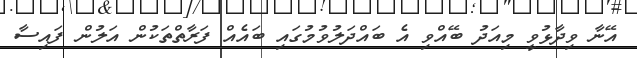
އޭނާ ވިދާޅުވީ މިއަދު ބޭއްވި އެ ބައްދަލުވުމުގައި ބައެއް ފަރާތްތަކުން އަލުން ފައިސާ